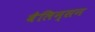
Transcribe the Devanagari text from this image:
बैलिन्सन